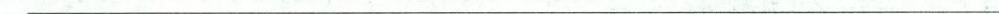
___